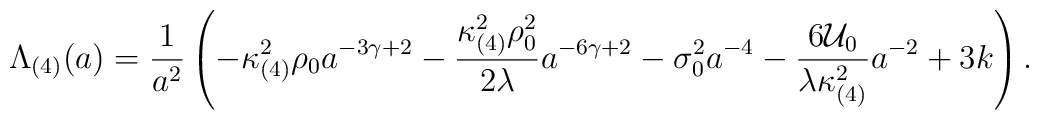
\Lambda_{(4)}(a) = \frac{1}{a^{2}} \left( - \kappa_{(4)}^{2} \rho_{0}a^{-3\gamma +2} - \frac{\kappa_{(4)}^{2} \rho_{0}^{2}}{2\lambda}a^{-6\gamma +2} - \sigma_{0}^2 a^{-4} - \frac{6 {\cal U}_{0}}{\lambda \kappa_{(4)}^{2}}a^{-2} + 3k \right).